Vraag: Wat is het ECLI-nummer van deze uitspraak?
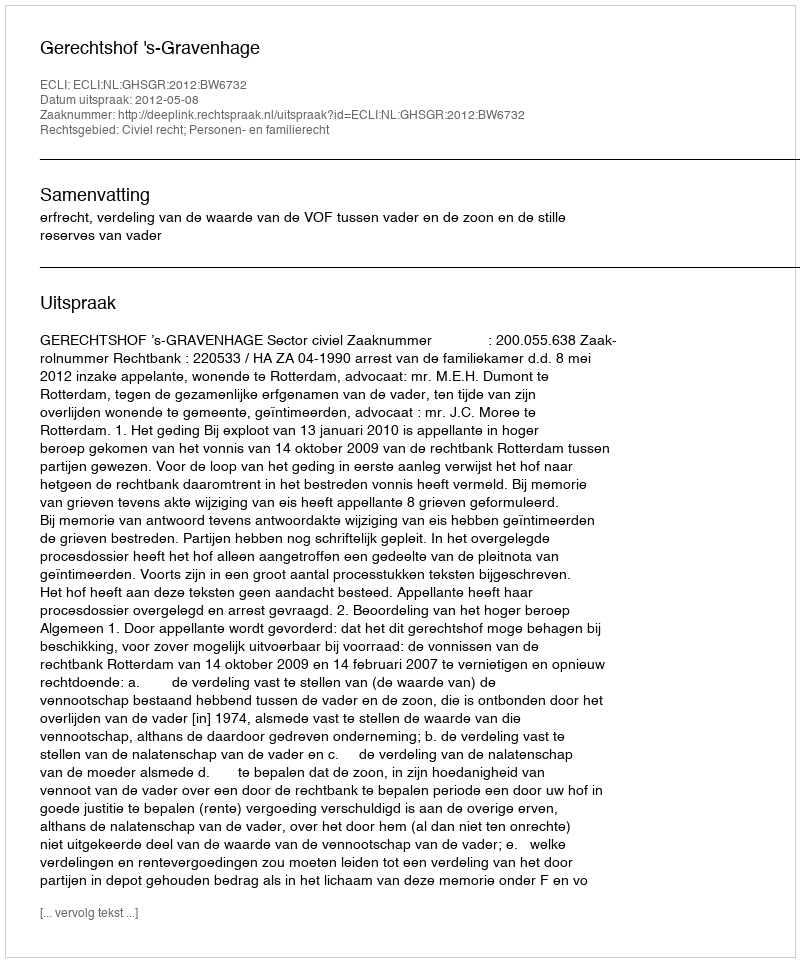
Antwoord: ECLI:NL:GHSGR:2012:BW6732